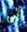
أن